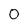
Character: 0